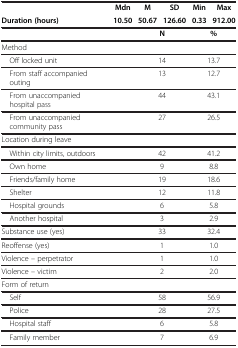
<table><thead><tr><td><b> </b></td><td><b>Mdn</b></td><td><b>M</b></td><td><b>SD</b></td><td><b>Min</b></td><td><b>Max</b></td></tr><tr><td><b>Duration (hours)</b></td><td><b>10.50</b></td><td><b>50.67</b></td><td><b>126.60</b></td><td><b>0.33</b></td><td><b>912.00</b></td></tr><tr><td colspan="2"><b> </b></td><td colspan="2"><b>N</b></td><td colspan="2"><b>%</b></td></tr></thead><tbody><tr><td>Method</td><td> </td><td colspan="2"> </td><td colspan="2"> </td></tr><tr><td> Off locked unit</td><td> </td><td colspan="2">14</td><td colspan="2">13.7</td></tr><tr><td> From staff accompanied outing</td><td> </td><td colspan="2">13</td><td colspan="2">12.7</td></tr><tr><td> From unaccompanied hospital pass</td><td> </td><td colspan="2">44</td><td colspan="2">43.1</td></tr><tr><td> From unaccompanied community pass</td><td> </td><td colspan="2">27</td><td colspan="2">26.5</td></tr><tr><td>Location during leave</td><td> </td><td colspan="2"> </td><td colspan="2"> </td></tr><tr><td> Within city limits, outdoors</td><td> </td><td colspan="2">42</td><td colspan="2">41.2</td></tr><tr><td> Own home</td><td> </td><td colspan="2">9</td><td colspan="2">8.8</td></tr><tr><td> Friends/family home</td><td> </td><td colspan="2">19</td><td colspan="2">18.6</td></tr><tr><td> Shelter</td><td> </td><td colspan="2">12</td><td colspan="2">11.8</td></tr><tr><td> Hospital grounds</td><td> </td><td colspan="2">6</td><td colspan="2">5.8</td></tr><tr><td> Another hospital</td><td> </td><td colspan="2">3</td><td colspan="2">2.9</td></tr><tr><td>Substance use (yes)</td><td> </td><td colspan="2">33</td><td colspan="2">32.4</td></tr><tr><td>Reoffense (yes)</td><td> </td><td colspan="2">1</td><td colspan="2">1.0</td></tr><tr><td>Violence – perpetrator</td><td> </td><td colspan="2">1</td><td colspan="2">1.0</td></tr><tr><td>Violence – victim</td><td> </td><td colspan="2">2</td><td colspan="2">2.0</td></tr><tr><td>Form of return</td><td> </td><td colspan="2"> </td><td colspan="2"> </td></tr><tr><td> Self</td><td> </td><td colspan="2">58</td><td colspan="2">56.9</td></tr><tr><td> Police</td><td> </td><td colspan="2">28</td><td colspan="2">27.5</td></tr><tr><td> Hospital staff</td><td> </td><td colspan="2">6</td><td colspan="2">5.8</td></tr><tr><td> Family member</td><td> </td><td colspan="2">7</td><td colspan="2">6.9</td></tr></tbody></table>